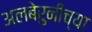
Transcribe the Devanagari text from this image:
अलबेरुनीच्या